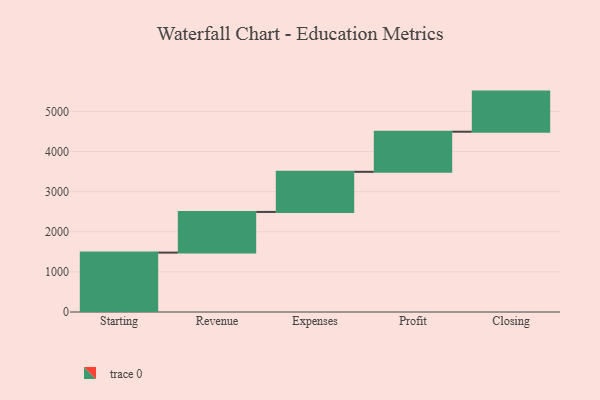
{"axis": {"x": "Step", "y": "Value"}, "legend": [""], "data": [{"x": "Starting", "y": 1481.0, "type": ""}, {"x": "Revenue", "y": 1014.0, "type": ""}, {"x": "Expenses", "y": 1000, "type": ""}, {"x": "Profit", "y": 1000, "type": ""}, {"x": "Closing", "y": 1000, "type": ""}]}